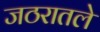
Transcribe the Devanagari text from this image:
जठरातले